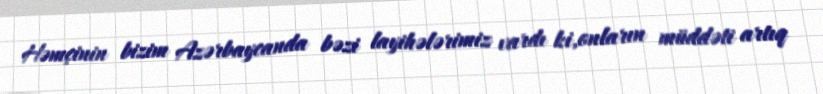
Həmçinin bizim Azərbaycanda bəzi layihələrimiz vardı ki,onların müddəti artıq